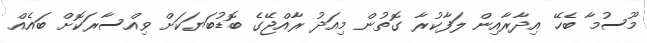
މޫސުމާ ބެހޭ އިދާރާއިން ލަފާކުރާ ގޮތުން މިއަދު ރާއްޖޭގެ ބޮޑުބަޔަކަށް ވިއްސާރަކޮށް ބައެއް